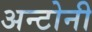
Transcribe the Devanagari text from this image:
अन्टोनी